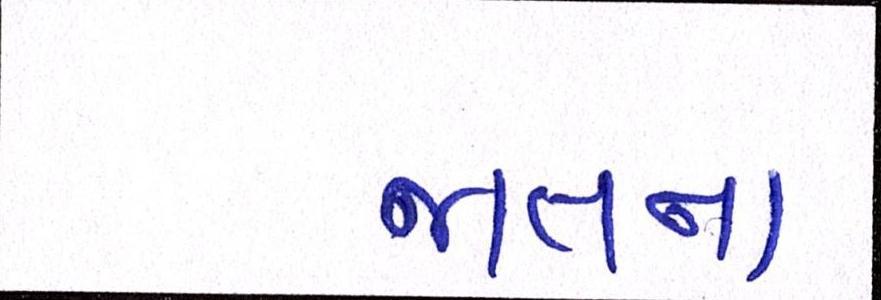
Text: જાતના